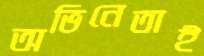
অভিনেতাই